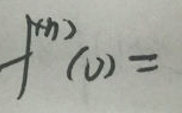
\[
f^{(n)}(0)=
\]